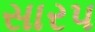
સારપ